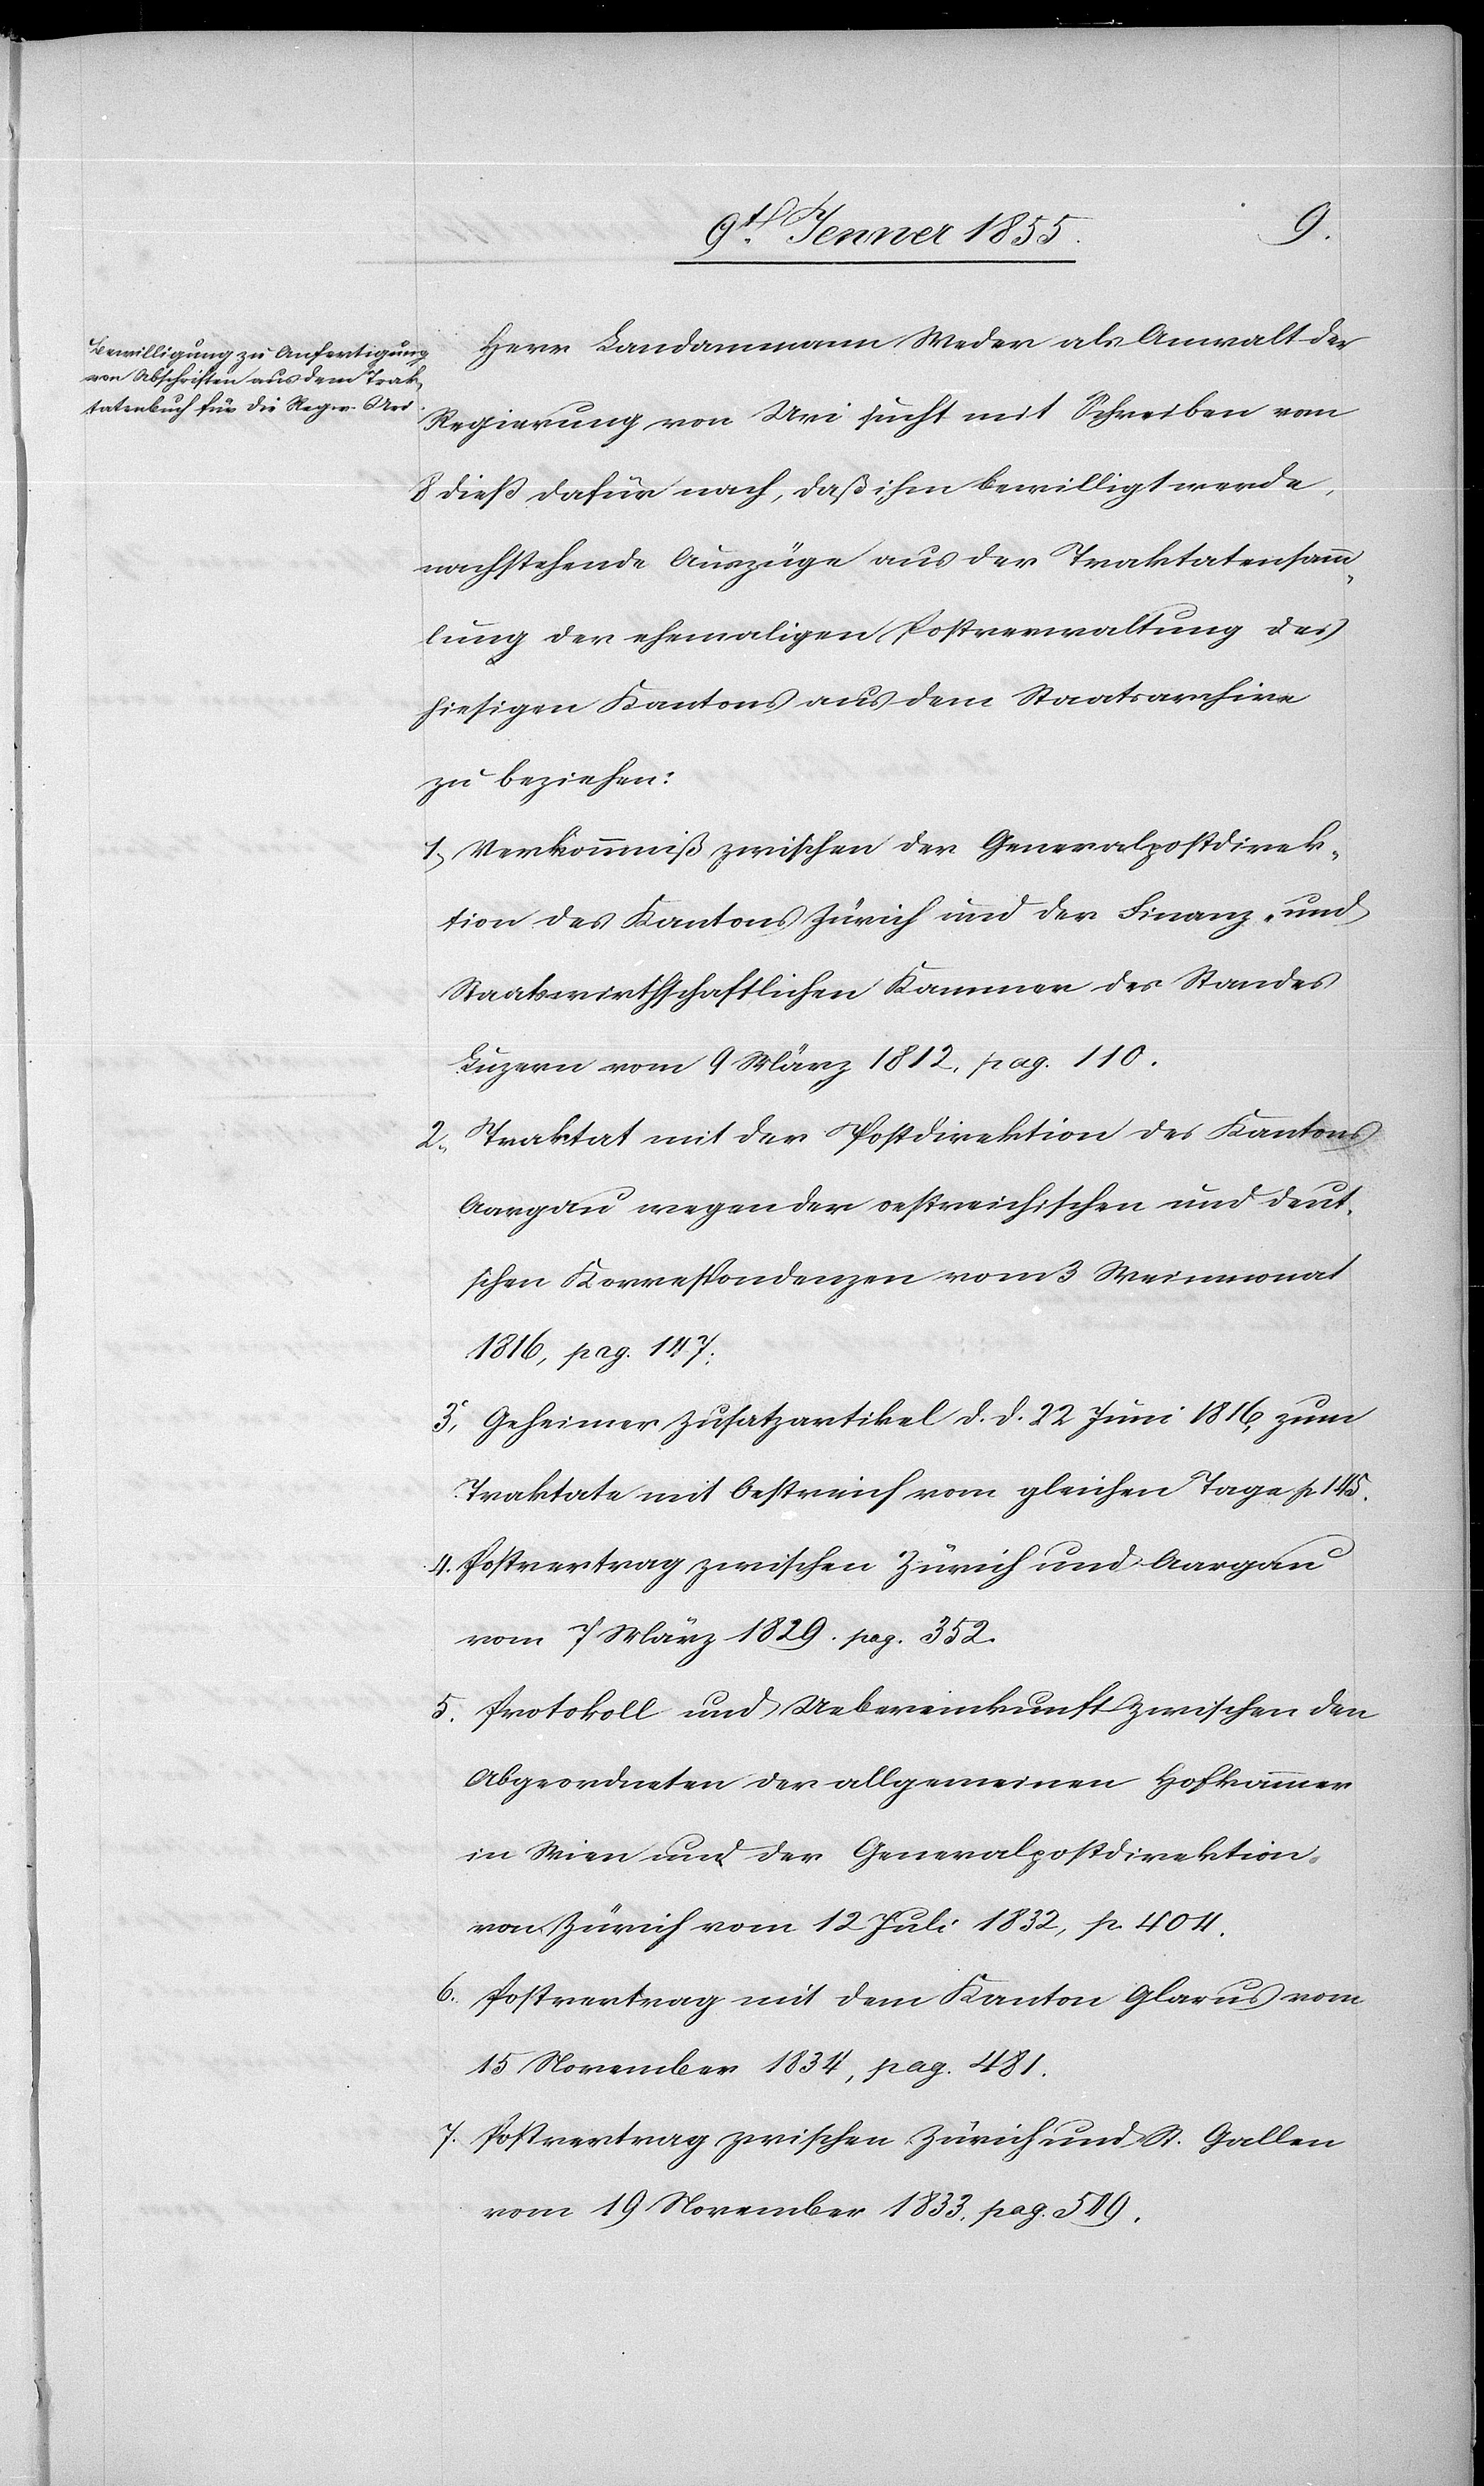
5.
Herr Landammann Weder als Anwalt der
Regierung von Uri sucht mit Schreiben vom
8 dieß dafür nach, daß ihm bewilligt werde,
nachstehende Auszüge aus der Traktatensamm¬
lung der ehemaligen Postverwaltung des
hiesigen Kantons aus dem Staatsarchive
zu beziehen:
Verkommniß zwischen der Generalpostdirek¬
tion des Kantons Zürich und der Finanz- und
Staatswirthschaftlichen Kammer des Standes
Luzern vom 9 März 1812, pag. 110.
Traktat mit der Postdirektion des Kantons
Aargau wegen der oestreichischen und deut¬
schen Korrespondenzen vom 3 Weinmonat
1816, pag. 147;
Geheimer Zusatzartikel d. d. 22 Juni 1816, zum
Traktate mit Oestreich vom gleichen Tage p. 145.
Postvertrag zwischen Zürich und Aargau
vom 7 März 1829. pag. 352.
Protokoll und Uebereinkunft zwischen den
Abgeordneten der allgemeinen Hofkammer
in Wien und der Generalpostdirektion
von Zürich vom 12 Juli 1832, p. 404.
Postvertrag mit dem Kanton Glarus vom
15 November 1834, pag. 481.
Postvertrag zwischen Zürich und St. Gallen
vom 19 November 1833, pag. 549.